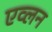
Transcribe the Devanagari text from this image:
एव्लन